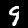
Digit: 9